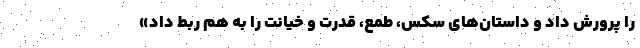
را پرورش داد و داستان‌های سکس، طمع، قدرت و خیانت را به هم ربط داد»